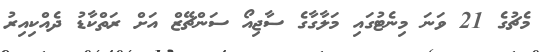
މެޗުގެ 21 ވަނަ މިނެޓުގައި މަލާގާގެ ސާޖިއޯ ސަންޗޭޒް އަށް ރަތްކާޑު ދެއްކިއިރު